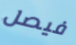
فيصل